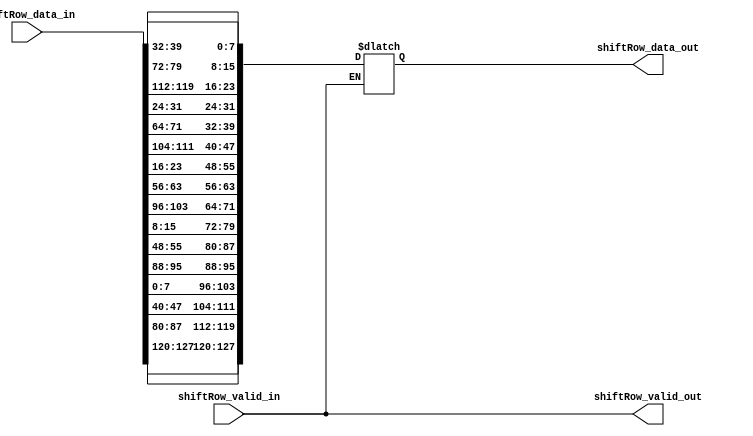
// Vi Ho | Milos Trbic | Hamidou Diallo
// AES Capstone - Joseph Decuir
// Updated: 9/15/2020
// ShiftRow Module. This function will conduct the shift row function 
// of a single round of AES encrypt. It will take in the 128-bit state
// and produce a 128-bit output.
//
// UPDATES: Created shiftRowTest.tv file and wrote testbench (testbench debugged)
// Added valid bits, parameters

module shiftRow
	#(
	parameter DATA_WIDTH = 128								// Size of data, 128 bits constant
	)
	(
	input shiftRow_valid_in, 								// Valid bit. When high, data is valid and should be processed.
	input wire [DATA_WIDTH-1:0] shiftRow_data_in, 	// ShiftRow block data to be processed.
	output reg [DATA_WIDTH-1:0] shiftRow_data_out,  // Block data which has gone through shiftRow function
	output reg shiftRow_valid_out 						// Valid bit. When high, data is valid and can be used in another function.	
	);
	
	always @(*) begin
		if (shiftRow_valid_in) begin
			shiftRow_data_out[127:120] = shiftRow_data_in[127:120];  
			shiftRow_data_out[119:112] = shiftRow_data_in[87:80];
			shiftRow_data_out[111:104] = shiftRow_data_in[47:40];
			shiftRow_data_out[103:96]  = shiftRow_data_in[7:0];
				
			shiftRow_data_out[95:88]	= shiftRow_data_in[95:88];
			shiftRow_data_out[87:80] 	= shiftRow_data_in[55:48];
			shiftRow_data_out[79:72] 	= shiftRow_data_in[15:8];
			shiftRow_data_out[71:64] 	= shiftRow_data_in[103:96];
				
			shiftRow_data_out[63:56] 	= shiftRow_data_in[63:56];
			shiftRow_data_out[55:48] 	= shiftRow_data_in[23:16];
			shiftRow_data_out[47:40] 	= shiftRow_data_in[111:104];
			shiftRow_data_out[39:32] 	= shiftRow_data_in[71:64];
			
			shiftRow_data_out[31:24] 	= shiftRow_data_in[31:24];
			shiftRow_data_out[23:16] 	= shiftRow_data_in[119:112];
			shiftRow_data_out[15:8]  	= shiftRow_data_in[79:72];
			shiftRow_data_out[7:0]   	= shiftRow_data_in[39:32];
		end
			
		shiftRow_valid_out = shiftRow_valid_in;
			
	end
endmodule


//// shiftRow testbench
//module shiftRow_testbench();
//	
//	reg [127:0] s_in;
//	wire [127:0] s_out;
//	reg clk;
//	// 128-bit data, 11 rows in shifrRowTest.tv file
//	reg [127:0] testvectors [0:10];
//	integer i;
//	
//	// Set up the clock
//	parameter CLOCK_PERIOD = 100;	// simulating a toggling clock
//	initial clk = 1;
//
//	always begin
//		#(CLOCK_PERIOD/2) clk = ~clk;				// clock toggle
//	end
//	
//	// reference the device under test (shiftRow module)
//	shiftRow dut ( 
//						.shiftRow_valid_in(1'b1), // send a constant high valid bit
//						.shiftRow_data_in(s_in),
//						.shiftRow_data_out(s_out),
//						.shiftRow_valid_out()
//						);
//	
//	initial begin	// embed the test vector
//		$readmemh("shiftRowTest.tv", testvectors); // read in test vectors from .tv file
//		for (i = 0; i < 11; i=i+1)
//			begin
//				s_in = testvectors[i];
//				@(posedge clk);
//			end
//		$stop; 
//	end
//
//endmodule